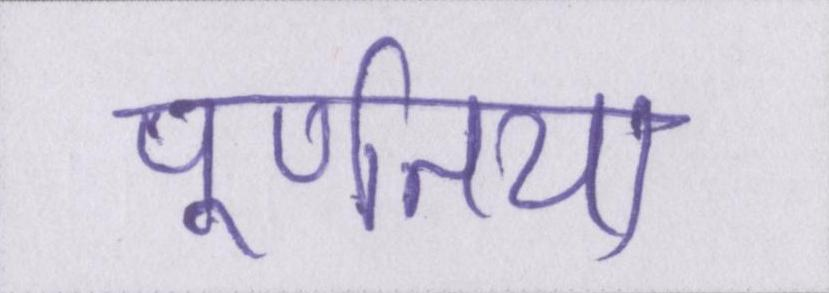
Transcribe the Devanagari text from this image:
पूर्णतया